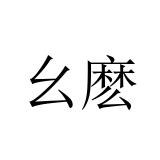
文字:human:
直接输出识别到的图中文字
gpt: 幺麽